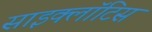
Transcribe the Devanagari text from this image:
साइक्लॉटिस